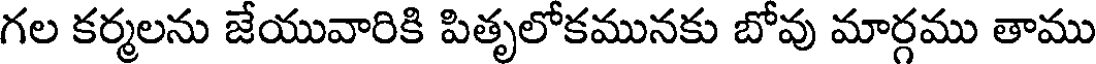
గల కర్మలను జేయువారికి పితృలోకమునకు బోవు మార్గము తాము